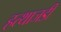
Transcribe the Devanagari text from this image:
हत्थाजडी